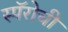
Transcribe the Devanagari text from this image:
स्पॅरोची